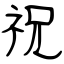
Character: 祝